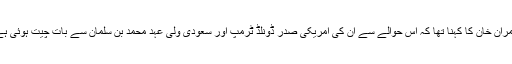
عمران خان کا کہنا تھا کہ اس حوالے سے ان کی امریکی صدر ڈونلڈ ٹرمپ اور سعودی ولی عہد محمد بن سلمان سے بات چیت ہوئی ہے۔